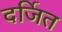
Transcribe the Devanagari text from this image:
दर्जित